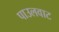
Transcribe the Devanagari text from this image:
पाउलवाट